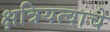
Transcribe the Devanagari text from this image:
क्षत्रियत्वाचे